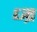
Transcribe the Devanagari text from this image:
ध्म्र